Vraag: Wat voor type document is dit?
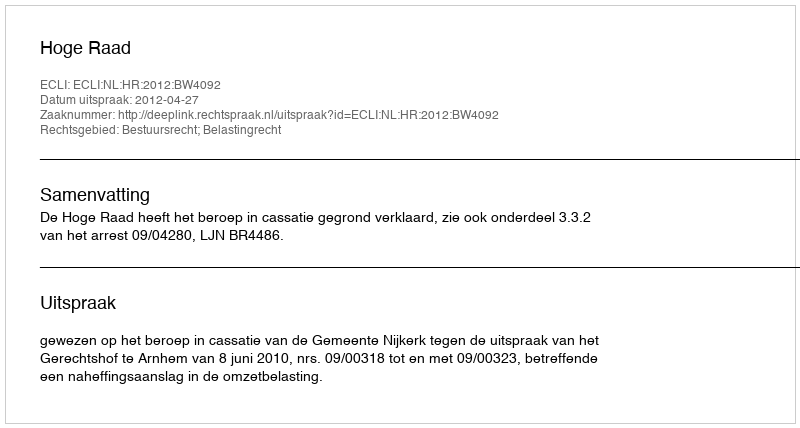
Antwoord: Uitspraak